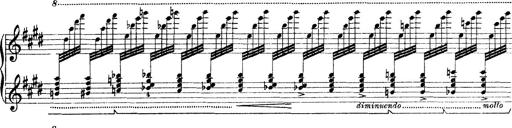
Title: Rapsodie: 19 ungheresi, 1 spagnuola
Composer: Franz Liszt